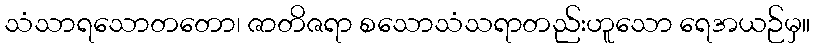
သံသာရသောတတော၊ ဇာတိဇရာ စသောသံသရာတည်းဟူသော ရေအယဉ်မှ။